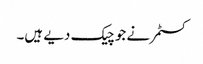
کسٹمر نے جو چیک دیے ہیں۔